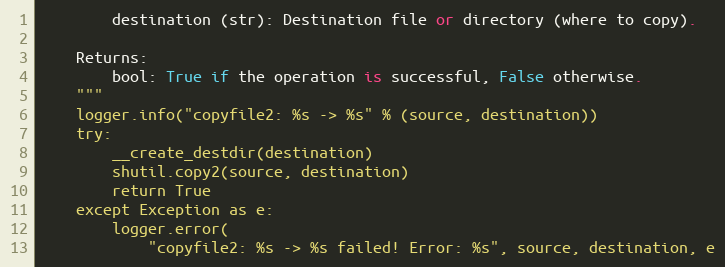
Language: Python
        destination (str): Destination file or directory (where to copy).

    Returns:
        bool: True if the operation is successful, False otherwise.
    """
    logger.info("copyfile2: %s -> %s" % (source, destination))
    try:
        __create_destdir(destination)
        shutil.copy2(source, destination)
        return True
    except Exception as e:
        logger.error(
            "copyfile2: %s -> %s failed! Error: %s", source, destination, e